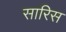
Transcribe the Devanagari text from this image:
सारिस